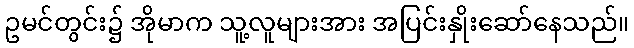
ဥမင်တွင်း၌ အိုမာက သူ့လူများအား အပြင်းနှိုးဆော်နေသည်။